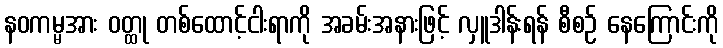
နဝကမ္မအား ဝတ္ထု တစ်ထောင့်ငါးရာကို အခမ်းအနားဖြင့် လှူဒါန်းရန် စီစဉ် နေကြောင်းကို